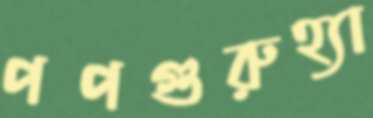
পপগুরুহ্যা